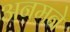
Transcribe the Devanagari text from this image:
अनमने